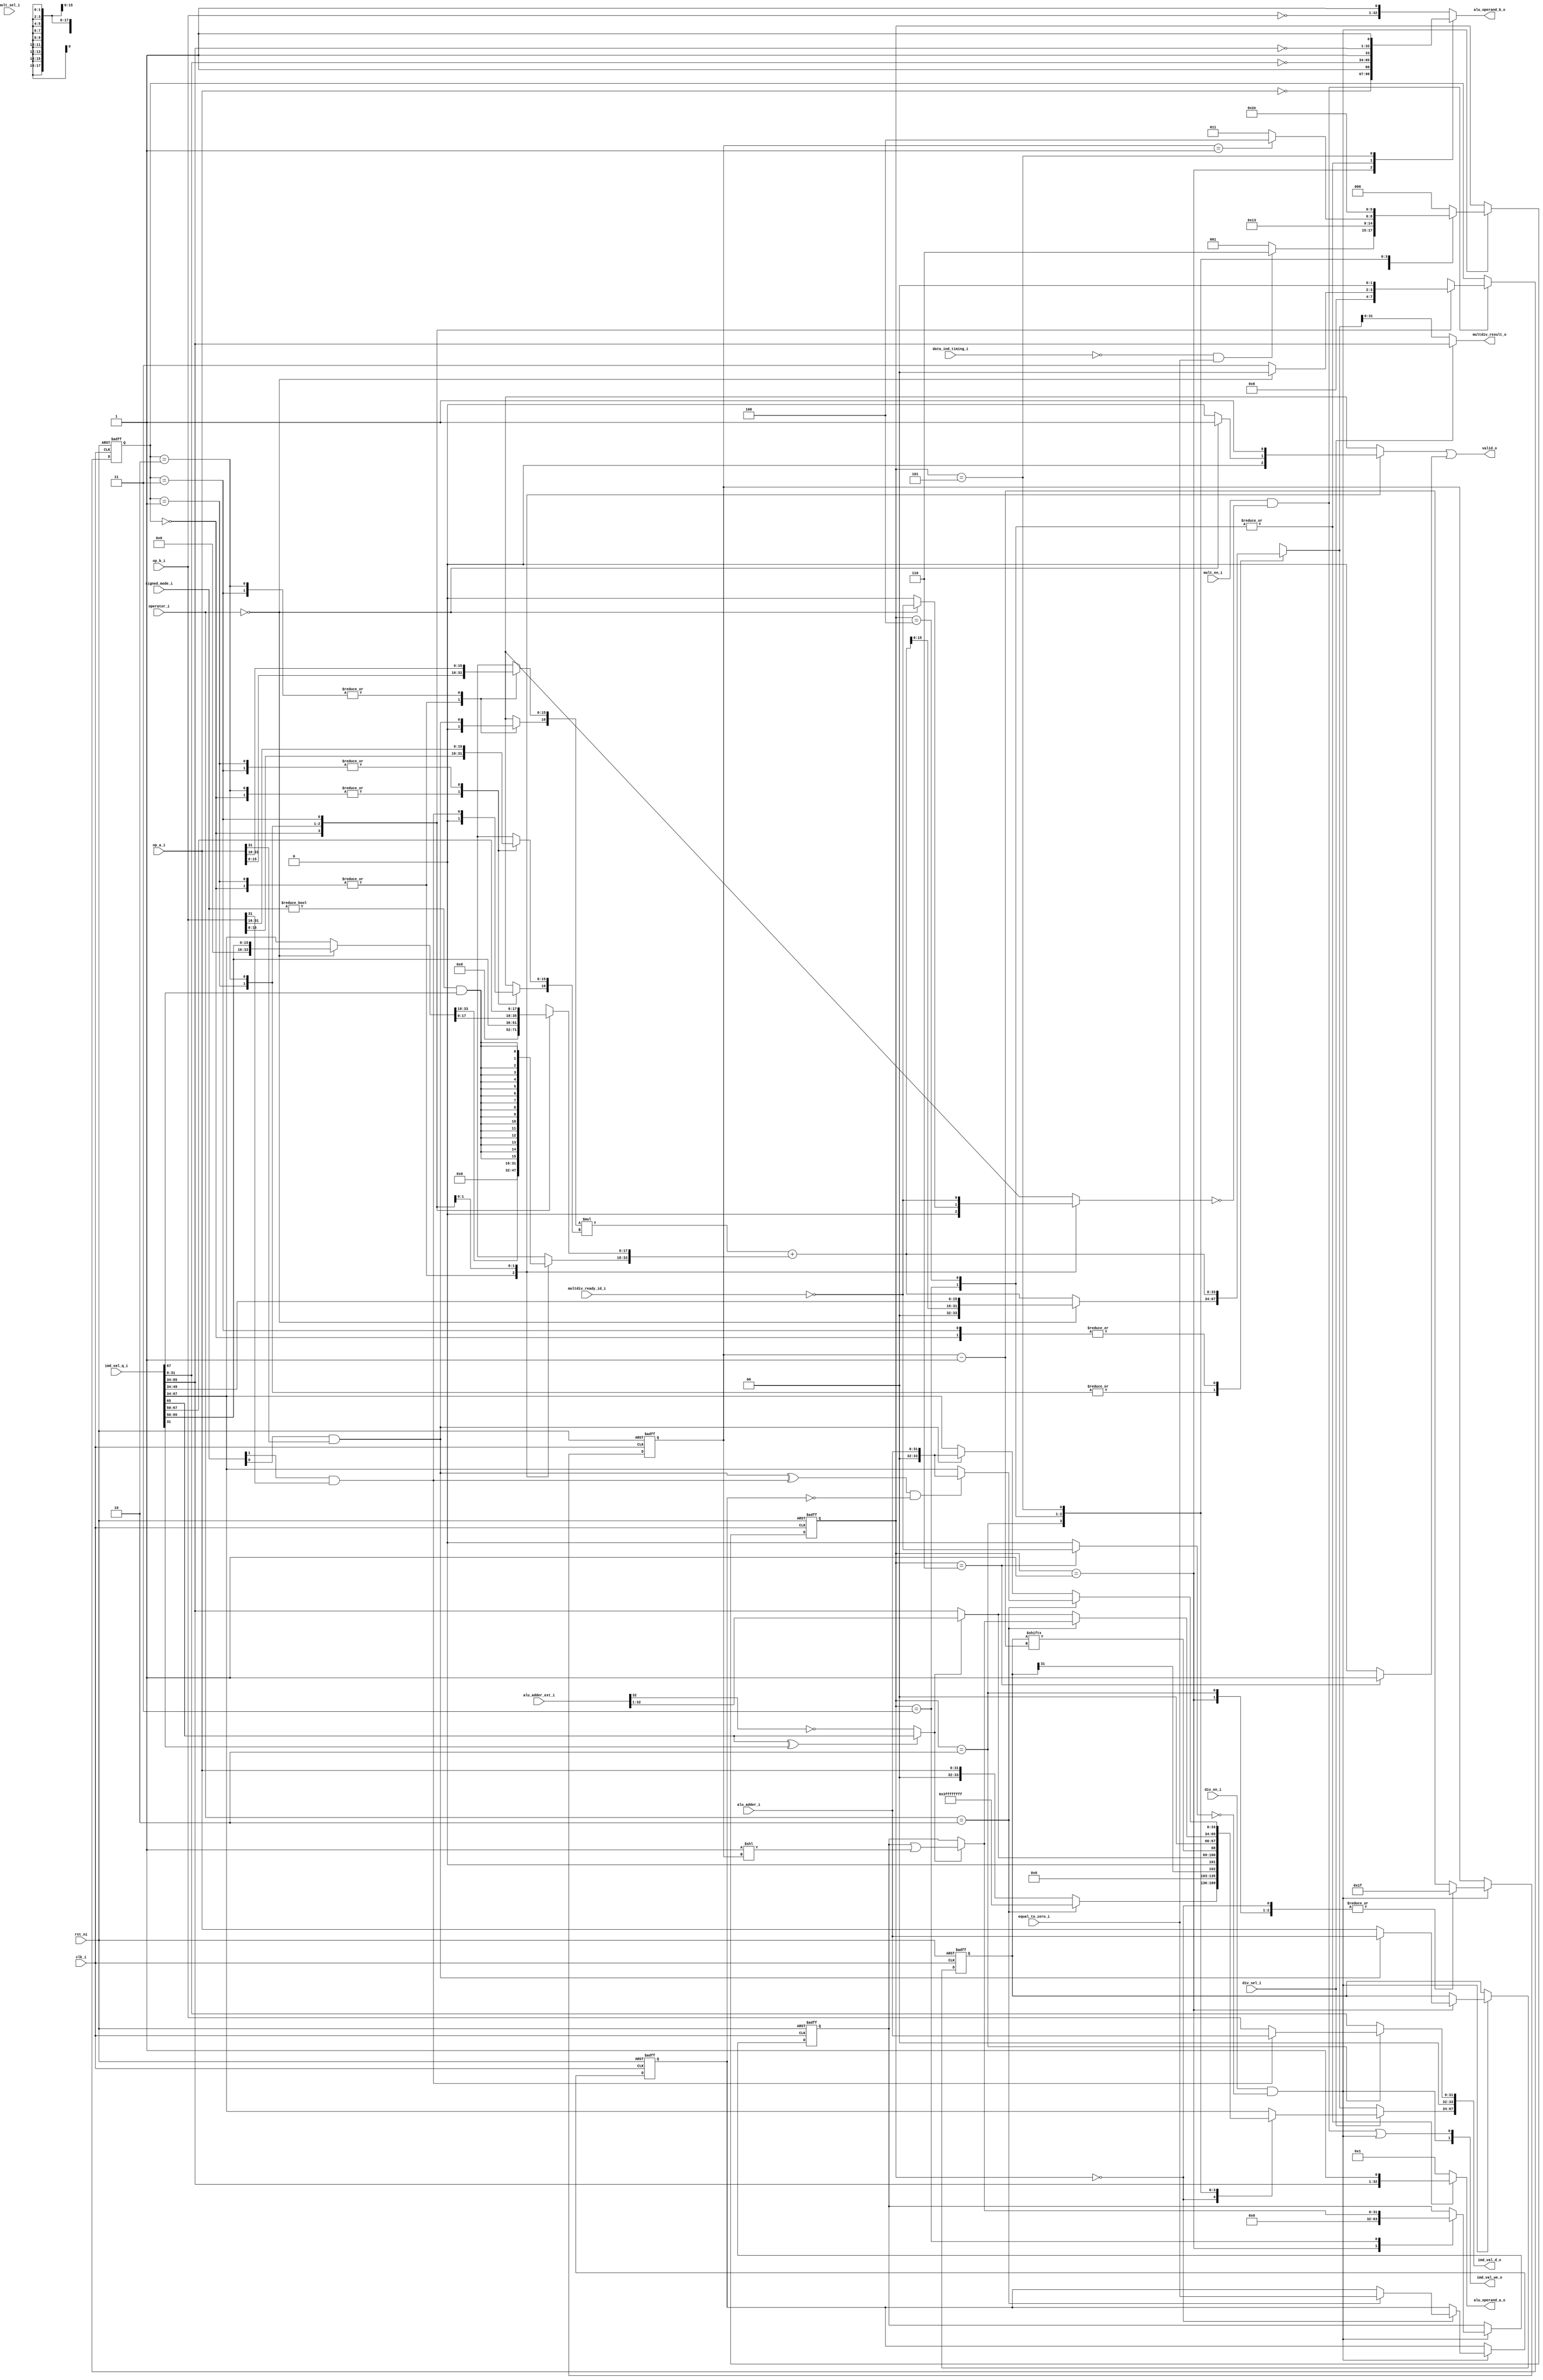
module ibex_multdiv_fast (
	clk_i,
	rst_ni,
	mult_en_i,
	div_en_i,
	mult_sel_i,
	div_sel_i,
	operator_i,
	signed_mode_i,
	op_a_i,
	op_b_i,
	alu_adder_ext_i,
	alu_adder_i,
	equal_to_zero_i,
	data_ind_timing_i,
	alu_operand_a_o,
	alu_operand_b_o,
	imd_val_q_i,
	imd_val_d_o,
	imd_val_we_o,
	multdiv_ready_id_i,
	multdiv_result_o,
	valid_o
);
	localparam integer ibex_pkg_RV32MFast = 2;
	parameter integer RV32M = ibex_pkg_RV32MFast;
	input wire clk_i;
	input wire rst_ni;
	input wire mult_en_i;
	input wire div_en_i;
	input wire mult_sel_i;
	input wire div_sel_i;
	input wire [1:0] operator_i;
	input wire [1:0] signed_mode_i;
	input wire [31:0] op_a_i;
	input wire [31:0] op_b_i;
	input wire [33:0] alu_adder_ext_i;
	input wire [31:0] alu_adder_i;
	input wire equal_to_zero_i;
	input wire data_ind_timing_i;
	output reg [32:0] alu_operand_a_o;
	output reg [32:0] alu_operand_b_o;
	input wire [67:0] imd_val_q_i;
	output wire [67:0] imd_val_d_o;
	output wire [1:0] imd_val_we_o;
	input wire multdiv_ready_id_i;
	output wire [31:0] multdiv_result_o;
	output wire valid_o;
	wire signed [34:0] mac_res_signed;
	wire [34:0] mac_res_ext;
	reg [33:0] accum;
	reg sign_a;
	reg sign_b;
	reg mult_valid;
	wire signed_mult;
	reg [33:0] mac_res_d;
	reg [33:0] op_remainder_d;
	wire [33:0] mac_res;
	wire div_sign_a;
	wire div_sign_b;
	reg is_greater_equal;
	wire div_change_sign;
	wire rem_change_sign;
	wire [31:0] one_shift;
	wire [31:0] op_denominator_q;
	reg [31:0] op_numerator_q;
	reg [31:0] op_quotient_q;
	reg [31:0] op_denominator_d;
	reg [31:0] op_numerator_d;
	reg [31:0] op_quotient_d;
	wire [31:0] next_remainder;
	wire [32:0] next_quotient;
	wire [31:0] res_adder_h;
	reg div_valid;
	reg [4:0] div_counter_q;
	reg [4:0] div_counter_d;
	wire multdiv_en;
	reg mult_hold;
	reg div_hold;
	reg div_by_zero_d;
	reg div_by_zero_q;
	wire mult_en_internal;
	wire div_en_internal;
	reg [2:0] md_state_q;
	reg [2:0] md_state_d;
	wire unused_mult_sel_i;
	assign unused_mult_sel_i = mult_sel_i;
	assign mult_en_internal = mult_en_i & ~mult_hold;
	assign div_en_internal = div_en_i & ~div_hold;
	localparam [2:0] MD_IDLE = 0;
	always @(posedge clk_i or negedge rst_ni)
		if (!rst_ni) begin
			div_counter_q <= {5 {1'sb0}};
			md_state_q <= MD_IDLE;
			op_numerator_q <= {32 {1'sb0}};
			op_quotient_q <= {32 {1'sb0}};
			div_by_zero_q <= 1'b0;
		end
		else if (div_en_internal) begin
			div_counter_q <= div_counter_d;
			op_numerator_q <= op_numerator_d;
			op_quotient_q <= op_quotient_d;
			md_state_q <= md_state_d;
			div_by_zero_q <= div_by_zero_d;
		end
	assign multdiv_en = mult_en_internal | div_en_internal;
	assign imd_val_d_o[34+:34] = (div_sel_i ? op_remainder_d : mac_res_d);
	assign imd_val_we_o[0] = multdiv_en;
	assign imd_val_d_o[0+:34] = {2'b00, op_denominator_d};
	assign imd_val_we_o[1] = div_en_internal;
	assign op_denominator_q = imd_val_q_i[31-:32];
	wire [1:0] unused_imd_val;
	assign unused_imd_val = imd_val_q_i[33-:2];
	wire unused_mac_res_ext;
	assign unused_mac_res_ext = mac_res_ext[34];
	assign signed_mult = signed_mode_i != 2'b00;
	assign multdiv_result_o = (div_sel_i ? imd_val_q_i[65-:32] : mac_res_d[31:0]);
	localparam [1:0] AHBH = 3;
	localparam [1:0] AHBL = 2;
	localparam [1:0] ALBH = 1;
	localparam [1:0] ALBL = 0;
	localparam [0:0] MULH = 1;
	localparam [0:0] MULL = 0;
	localparam [1:0] ibex_pkg_MD_OP_MULL = 0;
	localparam integer ibex_pkg_RV32MSingleCycle = 3;
	generate
		if (RV32M == ibex_pkg_RV32MSingleCycle) begin : gen_mult_single_cycle
			reg mult_state_q;
			reg mult_state_d;
			wire signed [33:0] mult1_res;
			wire signed [33:0] mult2_res;
			wire signed [33:0] mult3_res;
			wire [33:0] mult1_res_uns;
			wire [33:32] unused_mult1_res_uns;
			wire [15:0] mult1_op_a;
			wire [15:0] mult1_op_b;
			wire [15:0] mult2_op_a;
			wire [15:0] mult2_op_b;
			reg [15:0] mult3_op_a;
			reg [15:0] mult3_op_b;
			wire mult1_sign_a;
			wire mult1_sign_b;
			wire mult2_sign_a;
			wire mult2_sign_b;
			reg mult3_sign_a;
			reg mult3_sign_b;
			reg [33:0] summand1;
			reg [33:0] summand2;
			reg [33:0] summand3;
			assign mult1_res = $signed({mult1_sign_a, mult1_op_a}) * $signed({mult1_sign_b, mult1_op_b});
			assign mult2_res = $signed({mult2_sign_a, mult2_op_a}) * $signed({mult2_sign_b, mult2_op_b});
			assign mult3_res = $signed({mult3_sign_a, mult3_op_a}) * $signed({mult3_sign_b, mult3_op_b});
			assign mac_res_signed = ($signed(summand1) + $signed(summand2)) + $signed(summand3);
			assign mult1_res_uns = $unsigned(mult1_res);
			assign mac_res_ext = $unsigned(mac_res_signed);
			assign mac_res = mac_res_ext[33:0];
			wire [1:1] sv2v_tmp_1E8D3;
			assign sv2v_tmp_1E8D3 = signed_mode_i[0] & op_a_i[31];
			always @(*) sign_a = sv2v_tmp_1E8D3;
			wire [1:1] sv2v_tmp_3B65C;
			assign sv2v_tmp_3B65C = signed_mode_i[1] & op_b_i[31];
			always @(*) sign_b = sv2v_tmp_3B65C;
			assign mult1_sign_a = 1'b0;
			assign mult1_sign_b = 1'b0;
			assign mult1_op_a = op_a_i[15:0];
			assign mult1_op_b = op_b_i[15:0];
			assign mult2_sign_a = 1'b0;
			assign mult2_sign_b = sign_b;
			assign mult2_op_a = op_a_i[15:0];
			assign mult2_op_b = op_b_i[31:16];
			wire [18:1] sv2v_tmp_4D45D;
			assign sv2v_tmp_4D45D = imd_val_q_i[67-:18];
			always @(*) accum[17:0] = sv2v_tmp_4D45D;
			wire [16:1] sv2v_tmp_D5F47;
			assign sv2v_tmp_D5F47 = {16 {signed_mult & imd_val_q_i[67]}};
			always @(*) accum[33:18] = sv2v_tmp_D5F47;
			always @(*) begin
				mult3_sign_a = sign_a;
				mult3_sign_b = 1'b0;
				mult3_op_a = op_a_i[31:16];
				mult3_op_b = op_b_i[15:0];
				summand1 = {18'h00000, mult1_res_uns[31:16]};
				summand2 = $unsigned(mult2_res);
				summand3 = $unsigned(mult3_res);
				mac_res_d = {2'b00, mac_res[15:0], mult1_res_uns[15:0]};
				mult_valid = mult_en_i;
				mult_state_d = MULL;
				mult_hold = 1'b0;
				case (mult_state_q)
					MULL:
						if (operator_i != ibex_pkg_MD_OP_MULL) begin
							mac_res_d = mac_res;
							mult_valid = 1'b0;
							mult_state_d = MULH;
						end
						else
							mult_hold = ~multdiv_ready_id_i;
					MULH: begin
						mult3_sign_a = sign_a;
						mult3_sign_b = sign_b;
						mult3_op_a = op_a_i[31:16];
						mult3_op_b = op_b_i[31:16];
						mac_res_d = mac_res;
						summand1 = {34 {1'sb0}};
						summand2 = accum;
						summand3 = mult3_res;
						mult_state_d = MULL;
						mult_valid = 1'b1;
						mult_hold = ~multdiv_ready_id_i;
					end
					default: mult_state_d = MULL;
				endcase
			end
			always @(posedge clk_i or negedge rst_ni)
				if (!rst_ni)
					mult_state_q <= MULL;
				else if (mult_en_internal)
					mult_state_q <= mult_state_d;
			assign unused_mult1_res_uns = mult1_res_uns[33:32];
		end
		else begin : gen_mult_fast
			reg [15:0] mult_op_a;
			reg [15:0] mult_op_b;
			reg [1:0] mult_state_q;
			reg [1:0] mult_state_d;
			assign mac_res_signed = ($signed({sign_a, mult_op_a}) * $signed({sign_b, mult_op_b})) + $signed(accum);
			assign mac_res_ext = $unsigned(mac_res_signed);
			assign mac_res = mac_res_ext[33:0];
			always @(*) begin
				mult_op_a = op_a_i[15:0];
				mult_op_b = op_b_i[15:0];
				sign_a = 1'b0;
				sign_b = 1'b0;
				accum = imd_val_q_i[34+:34];
				mac_res_d = mac_res;
				mult_state_d = mult_state_q;
				mult_valid = 1'b0;
				mult_hold = 1'b0;
				case (mult_state_q)
					ALBL: begin
						mult_op_a = op_a_i[15:0];
						mult_op_b = op_b_i[15:0];
						sign_a = 1'b0;
						sign_b = 1'b0;
						accum = {34 {1'sb0}};
						mac_res_d = mac_res;
						mult_state_d = ALBH;
					end
					ALBH: begin
						mult_op_a = op_a_i[15:0];
						mult_op_b = op_b_i[31:16];
						sign_a = 1'b0;
						sign_b = signed_mode_i[1] & op_b_i[31];
						accum = {18'b000000000000000000, imd_val_q_i[65-:16]};
						if (operator_i == ibex_pkg_MD_OP_MULL)
							mac_res_d = {2'b00, mac_res[15:0], imd_val_q_i[49-:16]};
						else
							mac_res_d = mac_res;
						mult_state_d = AHBL;
					end
					AHBL: begin
						mult_op_a = op_a_i[31:16];
						mult_op_b = op_b_i[15:0];
						sign_a = signed_mode_i[0] & op_a_i[31];
						sign_b = 1'b0;
						if (operator_i == ibex_pkg_MD_OP_MULL) begin
							accum = {18'b000000000000000000, imd_val_q_i[65-:16]};
							mac_res_d = {2'b00, mac_res[15:0], imd_val_q_i[49-:16]};
							mult_valid = 1'b1;
							mult_state_d = ALBL;
							mult_hold = ~multdiv_ready_id_i;
						end
						else begin
							accum = imd_val_q_i[34+:34];
							mac_res_d = mac_res;
							mult_state_d = AHBH;
						end
					end
					AHBH: begin
						mult_op_a = op_a_i[31:16];
						mult_op_b = op_b_i[31:16];
						sign_a = signed_mode_i[0] & op_a_i[31];
						sign_b = signed_mode_i[1] & op_b_i[31];
						accum[17:0] = imd_val_q_i[67-:18];
						accum[33:18] = {16 {signed_mult & imd_val_q_i[67]}};
						mac_res_d = mac_res;
						mult_valid = 1'b1;
						mult_state_d = ALBL;
						mult_hold = ~multdiv_ready_id_i;
					end
					default: mult_state_d = ALBL;
				endcase
			end
			always @(posedge clk_i or negedge rst_ni)
				if (!rst_ni)
					mult_state_q <= ALBL;
				else if (mult_en_internal)
					mult_state_q <= mult_state_d;
		end
	endgenerate
	assign res_adder_h = alu_adder_ext_i[32:1];
	wire [1:0] unused_alu_adder_ext;
	assign unused_alu_adder_ext = {alu_adder_ext_i[33], alu_adder_ext_i[0]};
	assign next_remainder = (is_greater_equal ? res_adder_h[31:0] : imd_val_q_i[65-:32]);
	assign next_quotient = (is_greater_equal ? {1'b0, op_quotient_q} | {1'b0, one_shift} : {1'b0, op_quotient_q});
	assign one_shift = {31'b0000000000000000000000000000000, 1'b1} << div_counter_q;
	always @(*)
		if ((imd_val_q_i[65] ^ op_denominator_q[31]) == 1'b0)
			is_greater_equal = res_adder_h[31] == 1'b0;
		else
			is_greater_equal = imd_val_q_i[65];
	assign div_sign_a = op_a_i[31] & signed_mode_i[0];
	assign div_sign_b = op_b_i[31] & signed_mode_i[1];
	assign div_change_sign = (div_sign_a ^ div_sign_b) & ~div_by_zero_q;
	assign rem_change_sign = div_sign_a;
	localparam [2:0] MD_ABS_A = 1;
	localparam [2:0] MD_ABS_B = 2;
	localparam [2:0] MD_CHANGE_SIGN = 5;
	localparam [2:0] MD_COMP = 3;
	localparam [2:0] MD_FINISH = 6;
	localparam [2:0] MD_LAST = 4;
	localparam [1:0] ibex_pkg_MD_OP_DIV = 2;
	always @(*) begin
		div_counter_d = div_counter_q - 5'h01;
		op_remainder_d = imd_val_q_i[34+:34];
		op_quotient_d = op_quotient_q;
		md_state_d = md_state_q;
		op_numerator_d = op_numerator_q;
		op_denominator_d = op_denominator_q;
		alu_operand_a_o = {32'h00000000, 1'b1};
		alu_operand_b_o = {~op_b_i, 1'b1};
		div_valid = 1'b0;
		div_hold = 1'b0;
		div_by_zero_d = div_by_zero_q;
		case (md_state_q)
			MD_IDLE: begin
				if (operator_i == ibex_pkg_MD_OP_DIV) begin
					op_remainder_d = {34 {1'sb1}};
					md_state_d = (!data_ind_timing_i && equal_to_zero_i ? MD_FINISH : MD_ABS_A);
					div_by_zero_d = equal_to_zero_i;
				end
				else begin
					op_remainder_d = {2'b00, op_a_i};
					md_state_d = (!data_ind_timing_i && equal_to_zero_i ? MD_FINISH : MD_ABS_A);
				end
				alu_operand_a_o = {32'h00000000, 1'b1};
				alu_operand_b_o = {~op_b_i, 1'b1};
				div_counter_d = 5'd31;
			end
			MD_ABS_A: begin
				op_quotient_d = {32 {1'sb0}};
				op_numerator_d = (div_sign_a ? alu_adder_i : op_a_i);
				md_state_d = MD_ABS_B;
				div_counter_d = 5'd31;
				alu_operand_a_o = {32'h00000000, 1'b1};
				alu_operand_b_o = {~op_a_i, 1'b1};
			end
			MD_ABS_B: begin
				op_remainder_d = {33'h000000000, op_numerator_q[31]};
				op_denominator_d = (div_sign_b ? alu_adder_i : op_b_i);
				md_state_d = MD_COMP;
				div_counter_d = 5'd31;
				alu_operand_a_o = {32'h00000000, 1'b1};
				alu_operand_b_o = {~op_b_i, 1'b1};
			end
			MD_COMP: begin
				op_remainder_d = {1'b0, next_remainder[31:0], op_numerator_q[div_counter_d]};
				op_quotient_d = next_quotient[31:0];
				md_state_d = (div_counter_q == 5'd1 ? MD_LAST : MD_COMP);
				alu_operand_a_o = {imd_val_q_i[65-:32], 1'b1};
				alu_operand_b_o = {~op_denominator_q[31:0], 1'b1};
			end
			MD_LAST: begin
				if (operator_i == ibex_pkg_MD_OP_DIV)
					op_remainder_d = {1'b0, next_quotient};
				else
					op_remainder_d = {2'b00, next_remainder[31:0]};
				alu_operand_a_o = {imd_val_q_i[65-:32], 1'b1};
				alu_operand_b_o = {~op_denominator_q[31:0], 1'b1};
				md_state_d = MD_CHANGE_SIGN;
			end
			MD_CHANGE_SIGN: begin
				md_state_d = MD_FINISH;
				if (operator_i == ibex_pkg_MD_OP_DIV)
					op_remainder_d = (div_change_sign ? {2'h0, alu_adder_i} : imd_val_q_i[34+:34]);
				else
					op_remainder_d = (rem_change_sign ? {2'h0, alu_adder_i} : imd_val_q_i[34+:34]);
				alu_operand_a_o = {32'h00000000, 1'b1};
				alu_operand_b_o = {~imd_val_q_i[65-:32], 1'b1};
			end
			MD_FINISH: begin
				md_state_d = MD_IDLE;
				div_hold = ~multdiv_ready_id_i;
				div_valid = 1'b1;
			end
			default: md_state_d = MD_IDLE;
		endcase
	end
	assign valid_o = mult_valid | div_valid;
endmodule